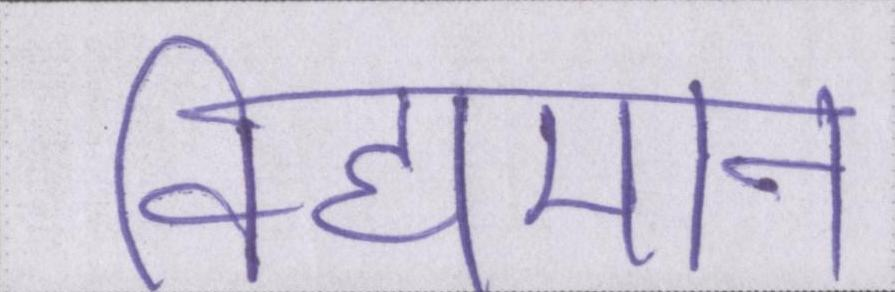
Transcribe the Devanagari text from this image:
विद्यमान